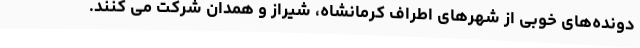
دونده‌های خوبی از شهرهای اطراف کرمانشاه، شیراز و همدان شرکت می کنند.